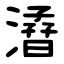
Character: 㵫